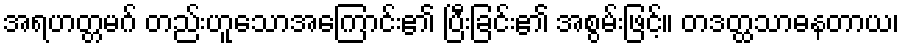
အရဟတ္တမဂ် တည်းဟူသောအကြောင်း၏ ပြီးခြင်း၏ အစွမ်းဖြင့်။ တဒတ္ထသာဓနတာယ၊